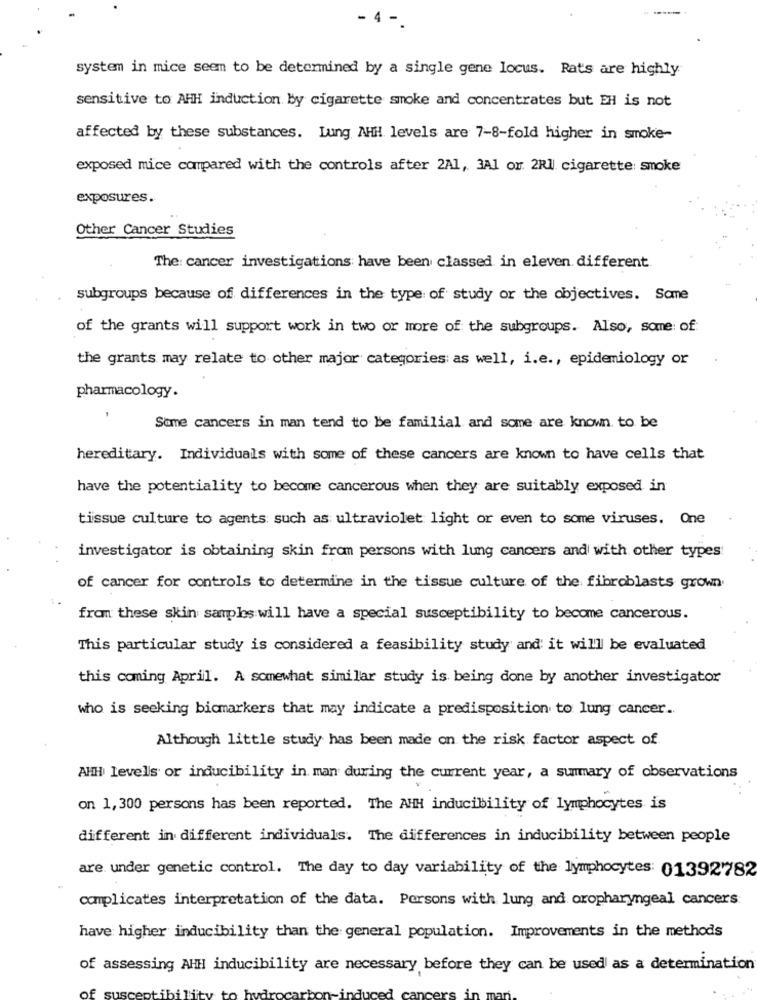
4 -
system in mice seem to be determined by a single gene locus. Rats are highly
sensitive to AHH induction by cigarette smoke and concentrates but EH is not
affected by these substances. Lung AHH levels are 7-8-fold higher in smoke-
exposed mice compared with the controls after 2A1, 3A1 or. 2Rl cigarette smoke
exposures.
Other Cancer Studies
The: cancer investigations have been classed in eleven different
subgroups because of differences in the type of study or the objectives. Some
of the grants will support work in two or more of the subgroups. Also, some of:
the grants may relate to other major categories as well, i.e ., epidemiology or
pharmacology.
Some cancers in man tend to be familial and some are known to be
hereditary. Individuals with some of these cancers are known to have cells that
have the potentiality to become cancerous when they are suitably exposed in
tissue culture to agents such as ultraviolet light or even to some viruses. One
investigator is obtaining skin from persons with lung cancers and with other types
of cancer for controls to determine in the tissue culture of the fibroblasts grown
from these skin samples will have a special susceptibility to become cancerous.
This particular study is considered a feasibility study and it will be evaluated
this coming April. A somewhat similar study is being done by another investigator
who is seeking bicmarkers that may indicate a predisposition to lung cancer.
Although little study has been made on the risk factor aspect of
AHH levels or inducibility in man during the current year, a summary of observations
on 1,300 persons has been reported. The AHH inducibility of lymphocytes is
different in different individuals. The differences in inducibility between people
are under genetic control. The day to day variability of the lymphocytes: 01392782
complicates interpretation of the data. Persons with lung and oropharyngeal cancers
have higher inducibility than the general population. Improvements in the methods
of assessing AHH inducibility are necessary before they can be used as a determination
OF